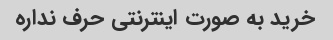
خرید به صورت اینترنتی حرف نداره